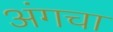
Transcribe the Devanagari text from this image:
अंगचा